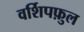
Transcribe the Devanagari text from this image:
वर्शिपफ़ुल